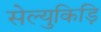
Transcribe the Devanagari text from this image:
सेल्युकिड़ि